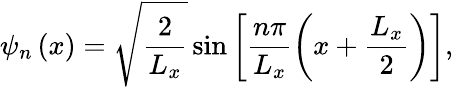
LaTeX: \psi_{n}\left(x\right)=\sqrt{\frac{2}{L_{x}}}\sin\left[\frac{n\pi}{L_{x}}\left(x+\frac{L_{x}}{2}\right)\right],